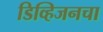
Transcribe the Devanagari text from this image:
डिव्हिजनचा